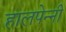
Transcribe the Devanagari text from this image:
हालपेन्नी